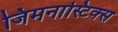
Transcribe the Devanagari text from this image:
जिमनास्टिक्‍स